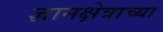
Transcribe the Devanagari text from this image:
ज्ञानक्षेत्राच्या